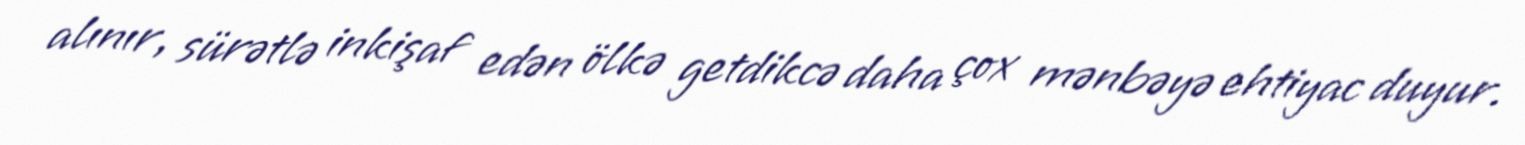
alınır, sürətlə inkişaf edən ölkə getdikcə daha çox mənbəyə ehtiyac duyur.